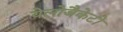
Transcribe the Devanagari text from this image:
येलोजैकेटों